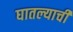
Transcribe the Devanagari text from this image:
घातल्याची